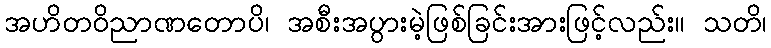
အဟိတဝိညာဏတောပိ၊ အစီးအပွားမဲ့ဖြစ်ခြင်းအားဖြင့်လည်း။ သတိ၊